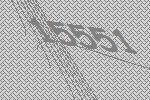
15551